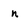
Character: n